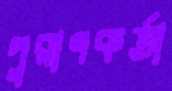
পুরাণকর্তা